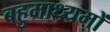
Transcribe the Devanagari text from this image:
बहुमाध्यमों